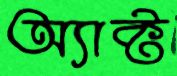
অ্যাক্ট